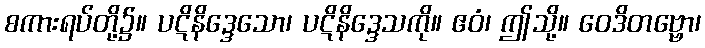
စကားရပ်တို့၌။ ပဋိနိဒ္ဒေသော၊ ပဋိနိဒ္ဒေသကို။ ဧဝံ၊ ဤသို့။ ဝေဒိတဗ္ဗော၊